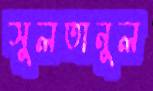
সুলতানুল